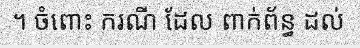
។ ចំពោះ ករណី ដែល ពាក់ព័ន្ធ ដល់